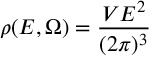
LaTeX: \rho ( E , \Omega ) = \frac { V E ^ { 2 } } { ( 2 \pi ) ^ { 3 } }